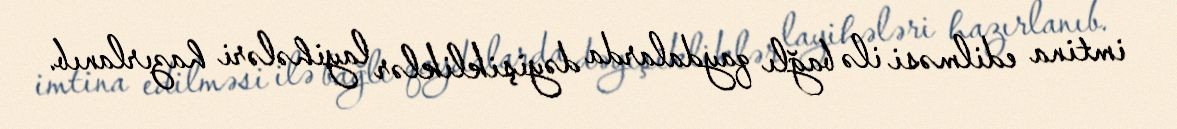
imtina edilməsi ilə bağlı qaydalarda dəyişikliklər layihələri hazırlanıb.